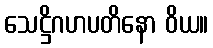
သေဋ္ဌိဂဟပတိနော ဝိယ။